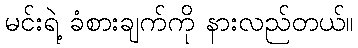
မင်းရဲ့ ခံစားချက်ကို နားလည်တယ်။